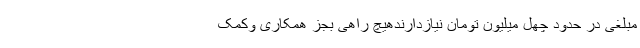
مبلغی در حدود چهل میلیون تومان نیازدارندهیچ راهی بجز همکاری وکمک